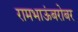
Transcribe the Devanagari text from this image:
रामभाऊंबरोबर